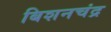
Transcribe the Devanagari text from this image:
बिशनचंद्र